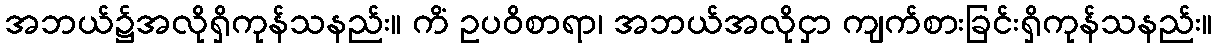
အဘယ်၌အလိုရှိကုန်သနည်း။ ကိံ ဥပဝိစာရာ၊ အဘယ်အလိုငှာ ကျက်စားခြင်းရှိကုန်သနည်း။